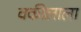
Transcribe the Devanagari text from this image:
वकीलाला